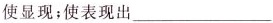
使显现；使表现出___